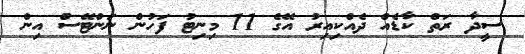
ސީދާ ރަތް ކާޑެއް ދެއްކިއިރު އޭގެ 11 މިނިޓު ފަހުން ނަންޓޭސް އިން